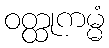
ဝတ္ထုကမ္မံ